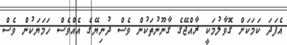
އެފަދަ ކަމަކަށް ގޮވާލުމަކީ ރާއްޖޭގެ ގާނޫނުތަކުން ވެސް ދުނިޔޭގެ އެއްވެސް ހަމަޔަކުން ވެސް